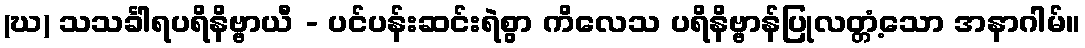
(ဃ) သသင်္ခါရပရိနိဗ္ဗာယီ - ပင်ပန်းဆင်းရဲစွာ ကိလေသ ပရိနိဗ္ဗာန်ပြုလတ္တံ့သော အနာဂါမ်။